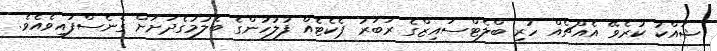
ޝައްކު ކުރެވޭ އެއްޗެއް ހުރި ބްލެޓްސައިޒްގެ ރަބަރު ޕެކެޓެއް ފުލުހުންގެ ބެލުމުގެދަށަށް ގެނެސްފައިވެއެވެ.